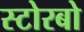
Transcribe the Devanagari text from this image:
स्टोरबो